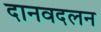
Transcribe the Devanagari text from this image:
दानवदलन